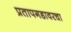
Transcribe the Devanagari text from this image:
प्रतापगडावरचा